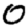
Digit: 0